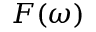
F ( \omega )